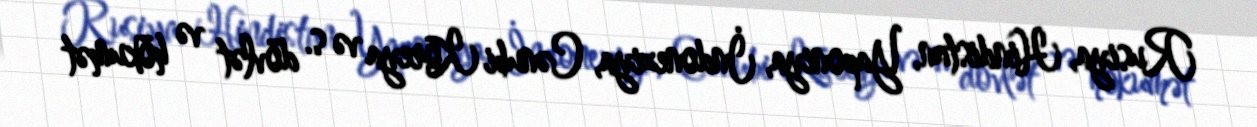
Rusiya, Hindistan, Yaponiya, İndoneziya, Cənubi Koreya və s. dövlət və hökumət